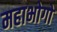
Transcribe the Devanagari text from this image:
महाभोगो